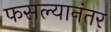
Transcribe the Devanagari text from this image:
फसल्यानंतर